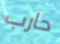
حارب